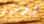
ووسيم